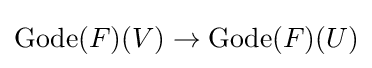
\operatorname {Gode} (F)(V)\rightarrow \operatorname {Gode} (F)(U)